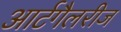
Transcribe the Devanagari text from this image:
आर्टगैलरीज